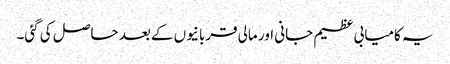
یہ کامیابی عظیم جانی اور مالی قربانیوں کے بعد حاصل کی گئی۔